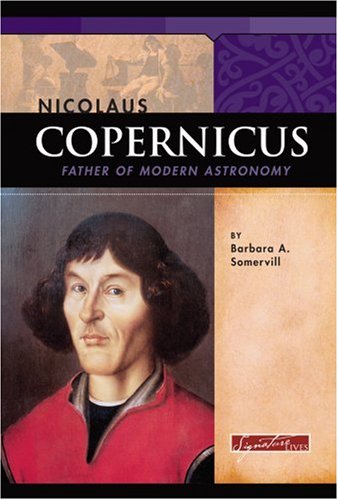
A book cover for Nicolaus Copernicus: Father of Modern Astronomy (Signature Lives); Barbara A. Somervill; Children's Books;